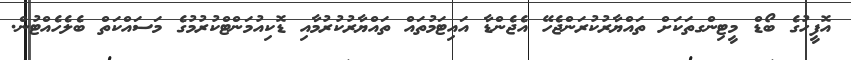
އޮފީހުގެ ބޯޑް މީޓިންގތަކަށް ތައްޔާރުކުރަންޖެހޭ އެޖެންޑާ އައިޓަމުތައް ތައްޔާރުކުރުމާއި ޑޮކިއުމަންޓްކުރުމުގެ މަސައްކަތް ބެލެހެއްޓުން.